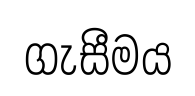
ගැසීමය